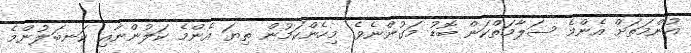
އުންމަތަށް އެންމެ ސަލާމަތްކަން ބޮޑު މަގުންނެވެ. މިހެންކަމުން ތިޔަ އެންމެ ކަލުންނާއި ކަނބަލުންމެ